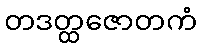
တဒတ္ထဇောတကံ